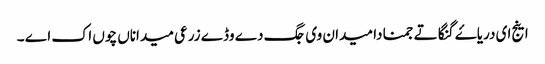
اینج ای دریاۓ گنگا تے جمنا دا میدان وی جگ دے وڈے زرعی میداناں چوں اک اے ۔